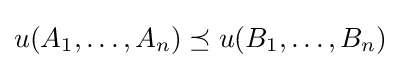
u(A_{1},\dots ,A_{n})\preceq u(B_{1},\dots ,B_{n})